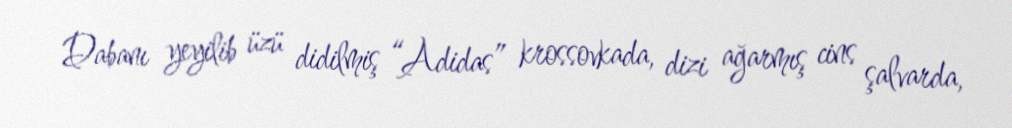
Dabanı yeyilib üzü didilmiş “Adidas” krossovkada, dizi ağarmış cins şalvarda,